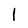
Character: l